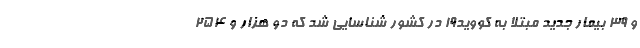
و ۳۹ بیمار جدید مبتلا به کووید۱۹ در کشور شناسایی شد که دو هزار و ۲۵۴